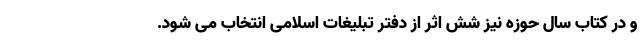
و در کتاب سال حوزه نیز شش اثر از دفتر تبلیغات اسلامی انتخاب می شود.